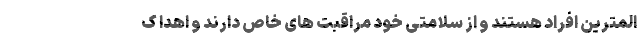
المترین افراد هستند و از سلامتی خود مراقبت های خاص دارند و اهدا ک